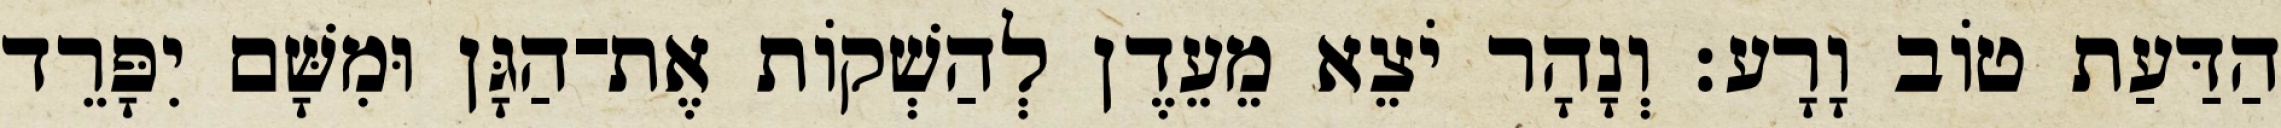
הַדַּעַת טֹוב וָרָע׃ וְנָהָר יֹצֵא מֵעֵדֶן לְהַשְׁקֹות אֶת־הַגָּן וּמִשָּׁם יִפָּרֵד